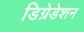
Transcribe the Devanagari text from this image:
डिग्रेडेशन